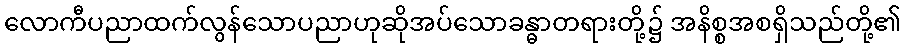
လောကီပညာထက်လွန်သောပညာဟုဆိုအပ်သောခန္ဓာတရားတို့၌ အနိစ္စအစရှိသည်တို့၏